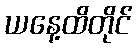
ယနေ့ထိတိုင်